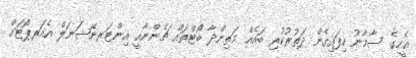
އެހީގެ ސާމާނު ހިފައިގެން ދަތުރުކުރި ބައެއް މަތިންދާ ބޯޓްތައް ޗެންނާއީ އިންޓަރނޭޝަނަލް އެއަރޕޯޓަށް